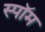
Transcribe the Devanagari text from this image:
स्पॉम